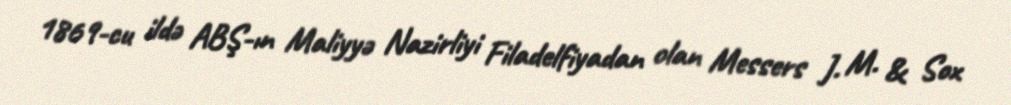
1869-cu ildə ABŞ-ın Maliyyə Nazirliyi Filadelfiyadan olan Messers J. M. & Sox